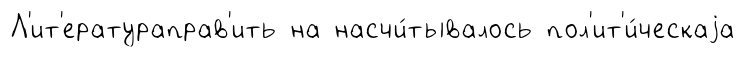
Л'ит'ератураправ'ить на насчи́тывалось пол'ит'и́ческаjа